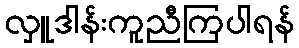
လှူဒါန်းကူညီကြပါရန်